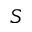
S